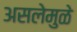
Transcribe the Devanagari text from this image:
असलेमुळे